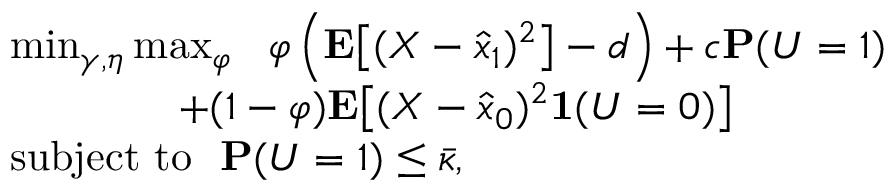
\begin{array} { r l } & { \operatorname* { m i n } _ { \gamma , \eta } \operatorname* { m a x } _ { \varphi } \ \ \varphi \left( \mathbf { E } \big [ ( X - \hat { x } _ { 1 } ) ^ { 2 } \big ] - d \right) + c \mathbf { P } ( U = 1 ) } \\ & { \qquad \qquad + ( 1 - \varphi ) \mathbf { E } \big [ ( X - \hat { x } _ { 0 } ) ^ { 2 } \mathbf { 1 } ( U = 0 ) \big ] } \\ & { \mathrm { s u b j e c t ~ t o ~ ~ } \mathbf { P } ( U = 1 ) \le \bar { \kappa } , } \end{array}